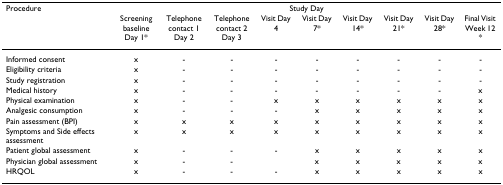
| Procedure | <COLSPAN=9> Study Day |
 |  | Screening baseline Day 1* | Telephone contact 1 Day 2 | Telephone contact 2 Day 3 | Visit Day 4 | Visit Day 7* | Visit Day 14* | Visit Day 21* | Visit Day 28* | Final Visit Week 12 * |
 | --- | --- | --- | --- | --- | --- | --- | --- | --- | --- |
 | Informed consent | x | - | - | - | - | - | - | - | - |
 | Eligibility criteria | x | - | - | - | - | - | - | - | - |
 | Study registration | x | - | - | - | - | - | - | - | - |
 | Medical history | x | - | - | - | - | - | - | - | x |
 | Physical examination | x | - | - | x | x | x | x | x | x |
 | Analgesic consumption | x | - | - | - | x | x | x | x | x |
 | Pain assessment (BPI) | x | x | x | x | x | x | x | x | x |
 | Symptoms and Side effects assessment | x | x | x | x | x | x | x | x | x |
 | Patient global assessment | x | - | - | - | x | x | x | x | x |
 | Physician global assessment | x | - | - |  | x | x | x | x | x |
 | HRQOL | x | - | - | - | x | x | x | x | x |